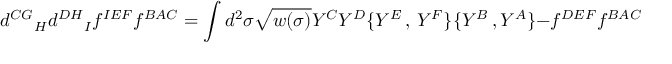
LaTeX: { d ^ { C G } } _ { H } { d ^ { D H } } _ { I } f ^ { I E F } f ^ { B A C } = \int d ^ { 2 } \sigma \sqrt { w ( \sigma ) } Y ^ { C } Y ^ { D } \{ Y ^ { E } \, , \, Y ^ { F } \} \{ Y ^ { B } \, , Y ^ { A } \} { } - f ^ { D E F } f ^ { B A C } .